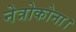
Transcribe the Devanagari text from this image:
नेत्रोकोना।